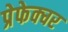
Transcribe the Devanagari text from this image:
प्रेफेक्चर